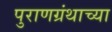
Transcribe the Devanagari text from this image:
पुराणग्रंथाच्या